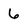
Character: 6